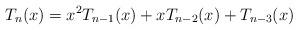
LaTeX: \begin{align*}T_{n}(x)=x^{2}T_{n-1}(x)+xT_{n-2}(x)+T_{n-3}(x)\end{align*}